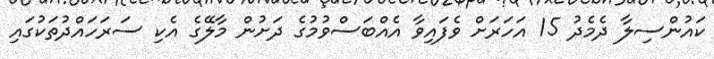
ކައުންސިލާ ދެމެދު 15 އަހަރަށް ވެފައިވާ އެއްބަސްވުމުގެ ދަށުން މާލޭގެ އެކި ސަރަހައްދުތަކުގައި